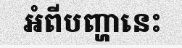
អំពីបញ្ហានេះ